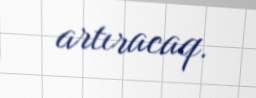
artıracaq.